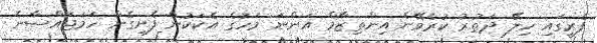
ފެރީގައި ހިލޭ ދަތުރު ކުރެވޭނެ އިންތިޒާމް އަންނަ މަހުގެ އެކަކުން ފެށިގެން ހަމަޖައްސާނެ